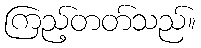
ကြည့်တတ်သည်။